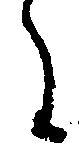
に